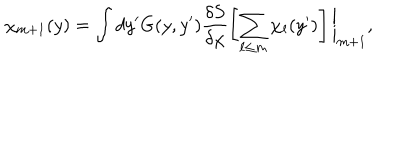
LaTeX: ~ \chi _ { m + 1 } ( y ) = \int d y ^ { \prime } G ( y , y ^ { \prime } ) \frac { \delta S } { \delta \chi } \left[ \sum _ { \ell \leq m } \chi _ { \ell } ( y ^ { \prime } ) \right] \bigg | _ { m + 1 } ,